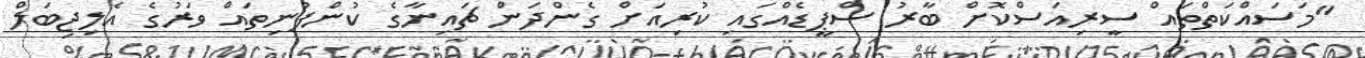
"މަސައްކަތްތައް ސީރިއަސްކޮށް ބާރު ސްޕީޑެއްގައި ކުރިއަށް ގެންދަން ޗައިނާގެ ކުންފުނިތައް ވަރުގެ އެލިޖިބަލް